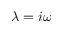
\lambda = i \omega